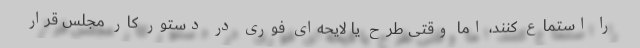
را استماع کنند، اما وقتی طرح یا لایحه‌ای فوری در دستور کار مجلس قرار